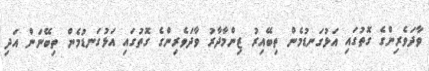
ވާދަވެރިންގެ ގޮތުގައި އަޅުގަނޑުމެން ތިބޭއިރު ޒިންމާދާރު ވާދަވެރިންގެ ގޮތުގައި އަޅުގަނޑުމެން ތިބޭނަން އަދި